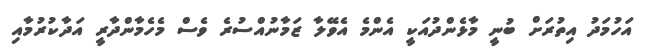
އަހުމަދު އިތުރަށް ބުނީ މާޅެންދުއަކީ އެންމެ އެވޭލާ ޒަމާނުއްސުރެ ވެސް މެހެމާންދާރީ އަދާކުރުމާއި